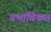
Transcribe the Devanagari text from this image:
प्रभाविकत